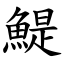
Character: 鯷